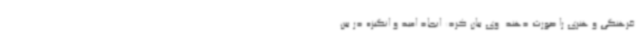
فرهنگی و هنری را صورت دهند. وی بیان کرد: ایجاد امید و انگیزه در بین